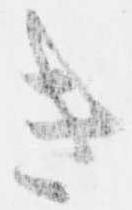
き